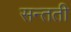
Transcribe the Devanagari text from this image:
सन्तती